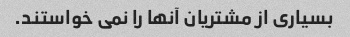
بسیاری از مشتریان آنها را نمی خواستند.